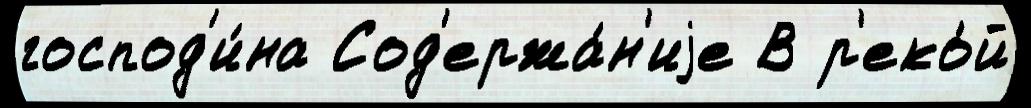
господ'и́на Сод'ержа́н'иjе В р'еко́й